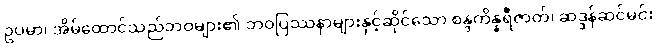
ဥပမာ၊ အိမ်ထောင်သည်ဘဝများ၏ ဘဝပြဿနာများနှင့်ဆိုင်သော စန္ဒကိန္နရီဇာတ်၊ ဆဒ္ဒန်ဆင်မင်း